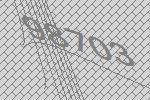
98703